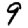
Digit: 9